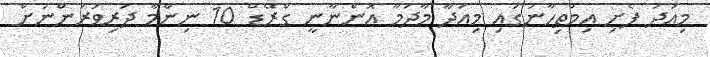
މިއަދު ފެށި އިމްތިހާނުގައި މިއަދާ މާދަމާ އޮންނާނީ ގްރޭޑް 10 ނިންމާ ދަރިވަރުންނަށް